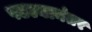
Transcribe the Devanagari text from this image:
पटल्यानंतर